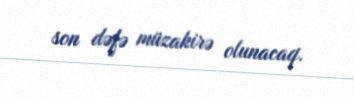
son dəfə müzakirə olunacaq.